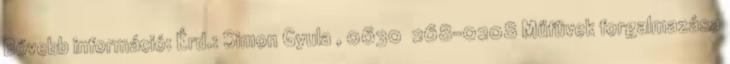
Bővebb információ: Érd.: Simon Gyula , 0630 268-0208 Műfüvek forgalmazása